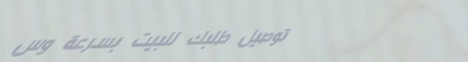
توصيل طلبك للبيت بسرعة وس